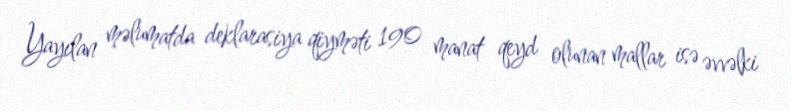
Yayılan məlumatda deklarasiya qiyməti 190 manat qeyd olunan mallar isə əvvəlki